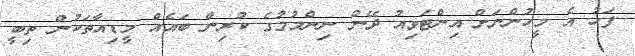
ފަހު އެ މީހުންނަށް އިންޓަވިއު ދޭން ނިންމުމުގެ ކުރިން ބައެއް މީޑިއާތަކުން ތިބީ